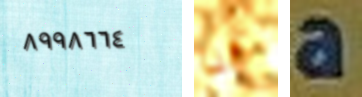
٨٩٩٨٦٦٤ أنا a